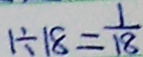
1 \div 1 8 = \frac { 1 } { 1 8 }